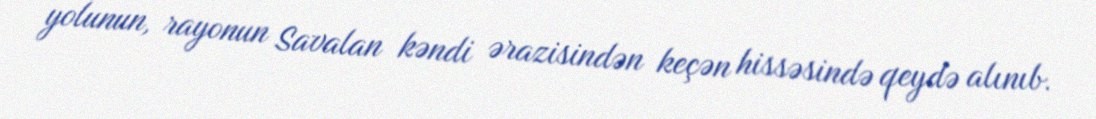
yolunun, rayonun Savalan kəndi ərazisindən keçən hissəsində qeydə alınıb.